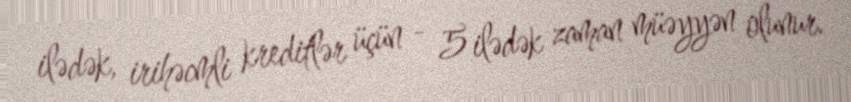
ilədək, irihəcmli kreditlər üçün - 5 ilədək zaman müəyyən olunur.